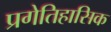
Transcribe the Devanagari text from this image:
प्रगेतिहासिक